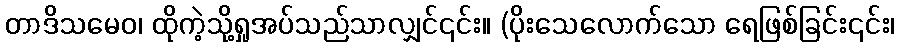
တာဒိသမေဝ၊ ထိုကဲ့သို့ရှုအပ်သည်သာလျှင်၎င်း။ (ပိုးသေလောက်သော ရေဖြစ်ခြင်း၎င်း၊